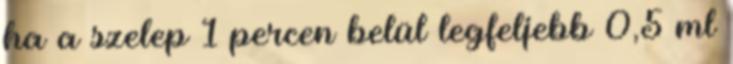
ha a szelep 1 percen belül legfeljebb 0,5 ml